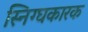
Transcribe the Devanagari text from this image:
स्निग्घकारक